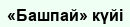
«Башпай» күйі